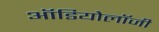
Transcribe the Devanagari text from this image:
ऑडियोलॉजी